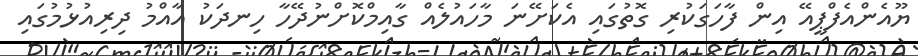
ޔޫއެންއެފްޕީއޭ އިން ފާހަގަކުރި ގޮތުގައި އެކަށޭނަ މާހައުލެއް ގާއިމްކޮށްނުދޭހާ ހިނދަކު އާއްމު ދިރިއުޅުމުގައި